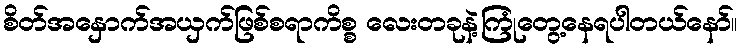
စိတ်အနှောက်အယှက်ဖြစ်စရာကိစ္စ လေးတခုနဲ့ကြုံတွေ့နေရပါတယ်နော်။